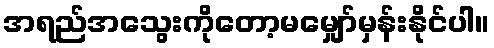
အရည်အသွေးကိုတော့မမျှော်မှန်းနိုင်ပါ။